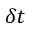
{ \delta } t